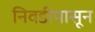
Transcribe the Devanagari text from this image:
निवडीपासून